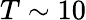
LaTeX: T\sim 10